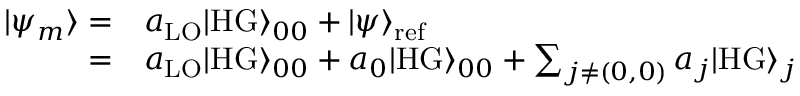
\begin{array} { r l } { | \psi _ { m } \rangle = } & { a _ { \mathrm { L O } } | \mathrm { H G } \rangle _ { 0 0 } + | \psi \rangle _ { \mathrm { r e f } } } \\ { = } & { a _ { \mathrm { L O } } | \mathrm { H G } \rangle _ { 0 0 } + a _ { 0 } | \mathrm { H G } \rangle _ { 0 0 } + \sum _ { j \neq ( 0 , 0 ) } a _ { j } | \mathrm { H G } \rangle _ { j } } \end{array}